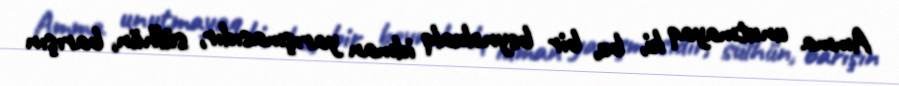
Amma unutmayaq ki, bu, bir beynəlxalq idman yarışmasıdır, sülhün, barışın